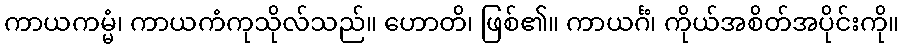
ကာယကမ္မံ၊ ကာယကံကုသိုလ်သည်။ ဟောတိ၊ ဖြစ်၏။ ကာယင်္ဂံ၊ ကိုယ်အစိတ်အပိုင်းကို။